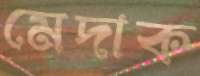
মেদাক